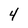
Character: 4